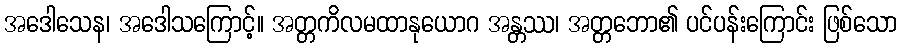
အဒေါသေန၊ အဒေါသကြောင့်။ အတ္တကိလမထာနုယောဂ အန္တဿ၊ အတ္တဘော၏ ပင်ပန်းကြောင်း ဖြစ်သော